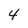
Character: 4